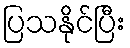
ပြသနိုင်ပြီး